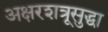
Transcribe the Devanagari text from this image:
अक्षरशत्रूसुद्धा